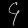
Digit: ၄